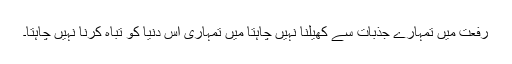
رفعت میں تمہارے جذبات سے کھیلنا نہیں چاہتا میں تمہاری اس دنیا کو تباہ کرنا نہیں چاہتا۔